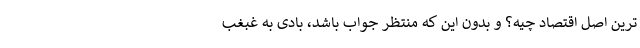
ترین اصل اقتصاد چیه؟ و بدون این که منتظر جواب باشد، بادی به غبغب